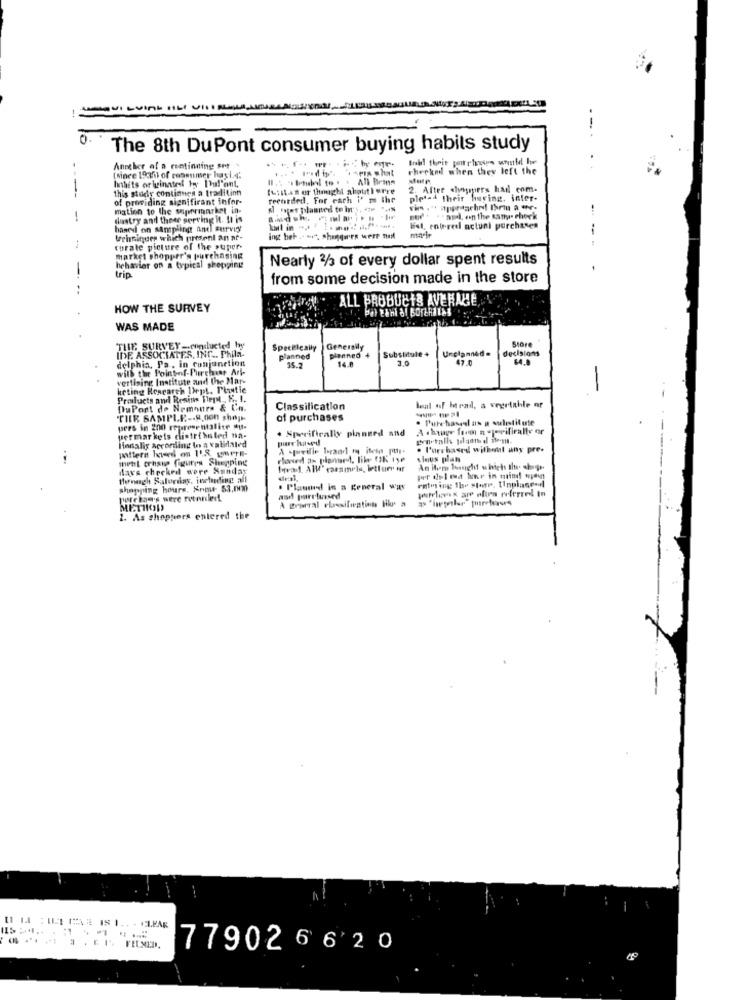
0
The 8th DuPont consumer buying habits study
Another of a remtinning set
checkml when they left the
(Mince 19af) of consumer has .4.
hinhits originated tyy Pul'ont,
All Bring
this study continues a tradition
fusiles er thought abouttørre
2. After shoppers hail enm.
----
of providing significant infor-
recorded. For each i'm the
pletad their huring, inter-
mation to the supermarket in-
-
dustry and theer serving it. It is
oud . . au, on the satt- chock
hasel on sampling and survey
Wat, entereel actuni purchases
--
tehniques which present an at-
curate picture of the super-
market shopper's purchasing
Nearly 3/3 of every dollar spent results
-
hehavier on a typical shopping
trip
from some decision made in the store
ALL PRODUCTS AVERALE
HOW THE SURVEY
WAS MADE
THE SURVEY-conducted by
Specklesily
Generally
planned +
Substitute+
Unplanned.
decisions
IDE ASSOCIATES, INC ., Phila.
delphia, Pa . in conjunction
planned
14.0
3.0
47.0
64.8
will the Point-of-Purchase Ari-
vertising Institute and the Mar-
-
keting Research Dept. Plastic
Products and Resithe Vert , E. I.
DuPont de Nemours & Co.
Classification
leal of Merad, a vegetable or
THE SAMPLE -. R.Con shops
of purchases
. Purchaseel as a sulitilute
pers in 200 representalitr Mu-
. Specifically planned and
Hocalig according In a validated
permarkets distrihsled na-
pure hased
pattern havees om 11.8 were-
. Purchased without any pre-
thenL cristo figures Shopping
slous plan
Maxs checked were Sunday
Iva, All' caramels, letture nf
Hongh Salorias, including all
rates ing The store. 1Inplages
shopping hours. Know- 53.000
. Plaused in a general was
and pare lased
METHOD
2. As shoppers entered the
779026 6 20